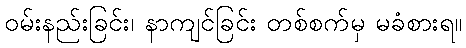
ဝမ်းနည်းခြင်း၊ နာကျင်ခြင်း တစ်စက်မှ မခံစားရ။